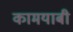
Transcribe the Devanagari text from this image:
कामयाबी